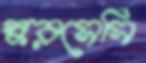
স্করসেসি